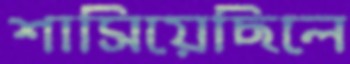
শাসিয়েছিলে